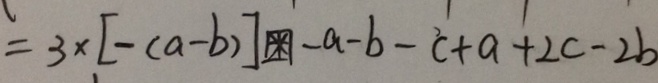
= 3 \times [ - ( a - b ) ] \textcircled { \ast } - a - b - c + a + 2 c - 2 b